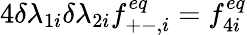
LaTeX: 4\delta\lambda_{1i}\delta\lambda_{2i}f_{+-,i}^{eq}=f_{4i}^{eq}